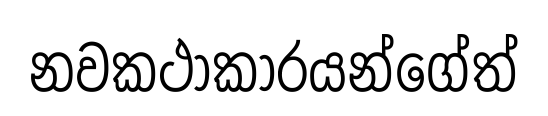
නවකථාකාරයන්ගේත්